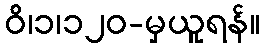
ဝိ၊၁၊၁၂၀-မှယူရန်။